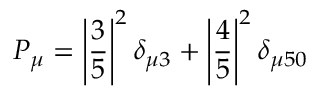
P _ { \mu } = \left| \frac { 3 } { 5 } \right| ^ { 2 } \delta _ { \mu 3 } + \left| \frac { 4 } { 5 } \right| ^ { 2 } \delta _ { \mu 5 0 }